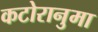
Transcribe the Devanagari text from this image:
कटोरानुमा